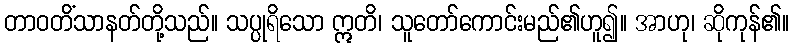
တာဝတိံသာနတ်တို့သည်။ သပ္ပုရိသော ဣတိ၊ သူတော်ကောင်းမည်၏ဟူ၍။ အာဟု၊ ဆိုကုန်၏။